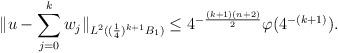
LaTeX: \begin{align*}\|u-\sum_{j=0}^{ k }w_j\|_{L^2( (\frac 14)^{k+1} B_1) }\le 4^{- \frac{(k+1)(n+2)}2 }\varphi(4^{-(k+1)}).\end{align*}